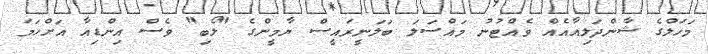
މަަހަލްގެ ޝާންދަލިއާއެއް ވެއްޓުނު މައްސަލަ ބަލަނީރައީސް ޔާމީންގެ "ލޯބި" ވެސް އިންޑިއާ އަށްހަމަ